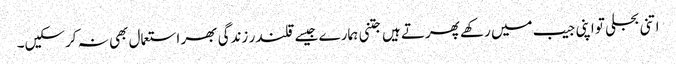
اتنی بجلی تو اپنی جیب میں رکھے پھرتے ہیں جتنی ہمارے جیسے قلندر زندگی بھر استعمال بھی نہ کرسکیں۔